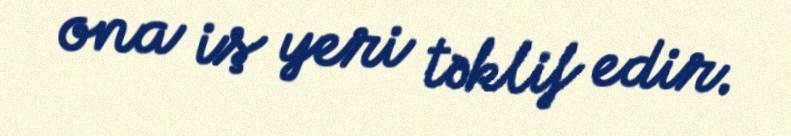
ona iş yeri təklif edir.